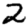
Digit: 2